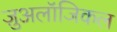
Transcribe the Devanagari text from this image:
ज़ुअलॉजिकल